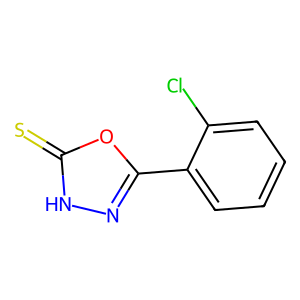
SMILES: S=c1[nH]nc(-c2ccccc2Cl)o1
Inhibits HIV replication: No